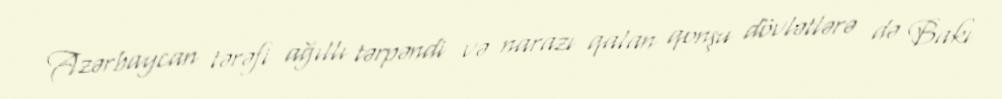
Azərbaycan tərəfi ağıllı tərpəndi və narazı qalan qonşu dövlətlərə də Bakı